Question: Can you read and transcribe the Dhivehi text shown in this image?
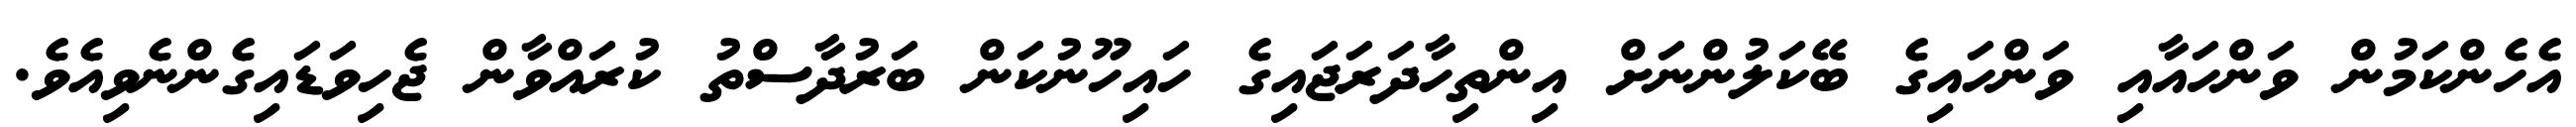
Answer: އެހެންކަމުން ވަންހައާއި ވަންހައިގެ ބޭކަލުންނަށް އިންތިހާދަރަޖައިގެ ހައިހޫނުކަން ބަރުދާސްތު ކުރައްވާން ޖެހިވަޑައިގެންނެވިއެވެ.